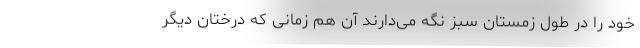
خود را در طول زمستان سبز نگه می‌دارند آن هم زمانی که درختان دیگر